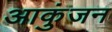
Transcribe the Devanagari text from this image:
आकुंजन